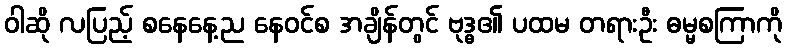
ဝါဆို လပြည့် စနေနေ့ည နေဝင်စ အချိန်တွင် ဗုဒ္ဓ၏ ပထမ တရားဦး ဓမ္မစကြာကို